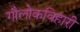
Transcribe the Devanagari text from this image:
गौलोकविहारी